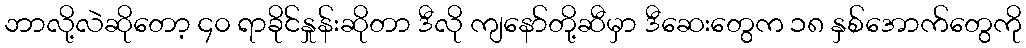
ဘာလို့လဲဆိုတော့ ၄၀ ရာခိုင်နှုန်းဆိုတာ ဒီလို ကျနော်တို့ဆီမှာ ဒီဆေးတွေက ၁၈ နှစ်အောက်တွေကို